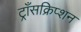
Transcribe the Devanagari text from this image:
ट्राँसक्रिप्शन